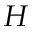
H